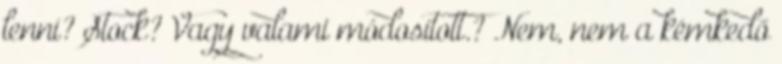
lenni? Stock? Vagy valami módosított.? Nem, nem a kémkedő